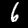
Digit: 6